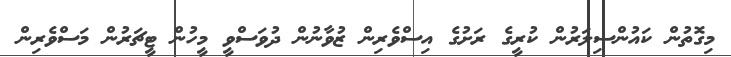
މިގޮތުން ކައުންސިލަރުން ކުރީގެ ރަށުގެ އިސްވެރިން ޒުވާނުން ދުވަސްވީ މީހުން ޓީޗަރުން މަސްވެރިން